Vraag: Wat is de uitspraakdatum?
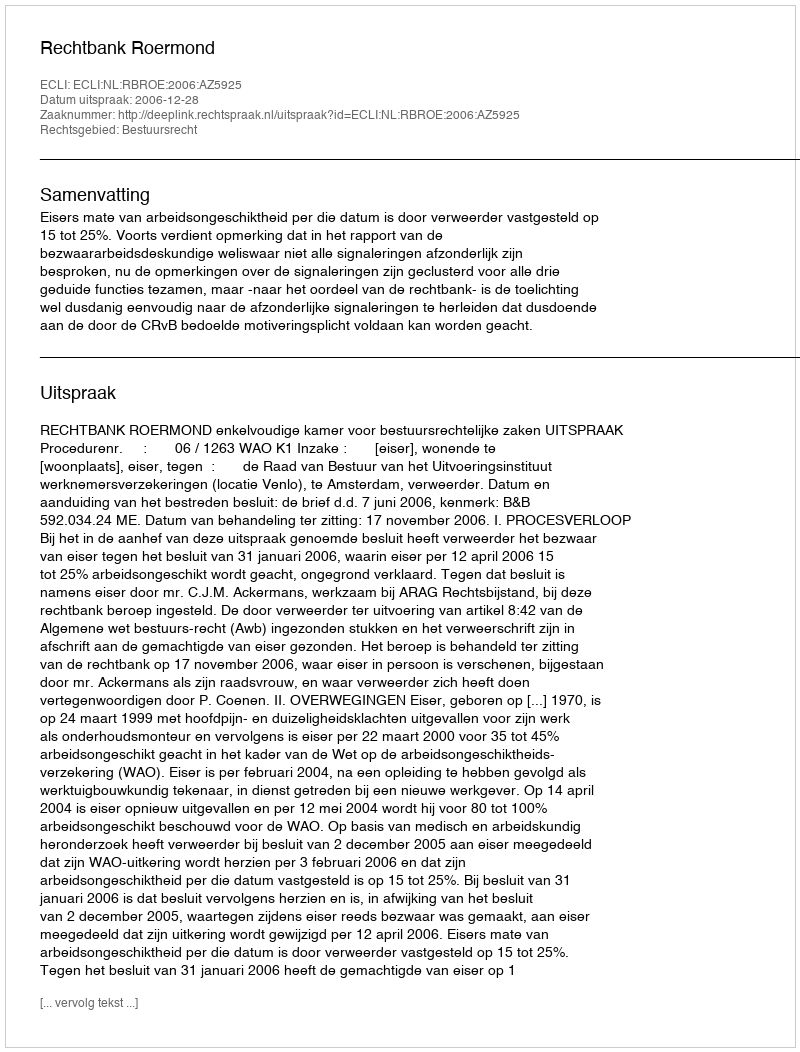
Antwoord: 2006-12-28